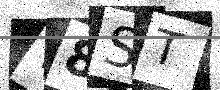
Text: Y8ST